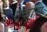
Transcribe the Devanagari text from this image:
एकारा